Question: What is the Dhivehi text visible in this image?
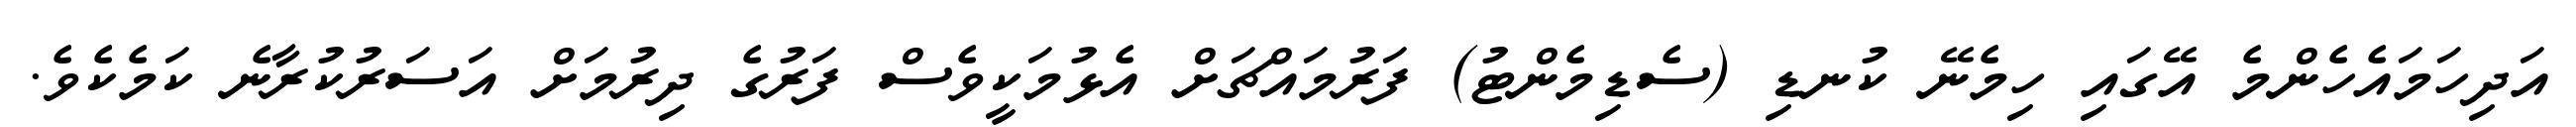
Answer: އަދިހަމައެހެންމެ އޭގައި ހިމެނޭ ކުނޑި (ސެޑިމެންޓު) ފަރުމައްޗަށް އެޅުމަކީވެސް ފަރުގެ ދިރުމަށް އަސަރުކުރާނެ ކަމެކެވެ.